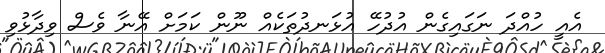
އެއީ ހުއްދަ ނަގައިގެން އުދުހޭ އުޅަނދުތަކެއް ނޫން ކަމަށް އޭނާ ވެސް ވިދާޅުވި